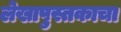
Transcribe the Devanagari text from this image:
लेखापुस्तकाचा